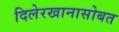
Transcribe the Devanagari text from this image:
दिलेरखानासोबत